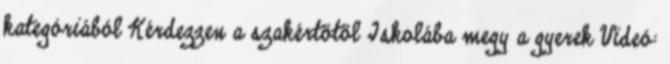
kategóriából Kérdezzen a szakértőtől Iskolába megy a gyerek Videó: